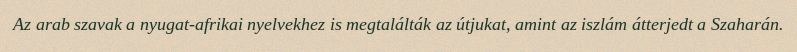
Az arab szavak a nyugat-afrikai nyelvekhez is megtalálták az útjukat, amint az iszlám átterjedt a Szaharán.